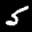
Label: 5